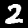
Digit: 2